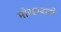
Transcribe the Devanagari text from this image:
मोरहाबादी